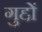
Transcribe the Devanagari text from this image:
गुद्दों